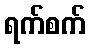
ရက်စက်